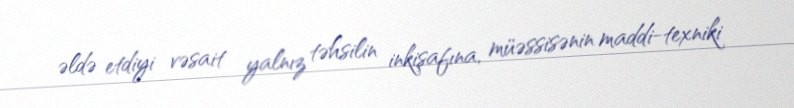
əldə etdiyi vəsait yalnız təhsilin inkişafına, müəssisənin maddi-texniki